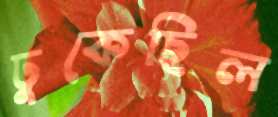
ঢুকেছিল